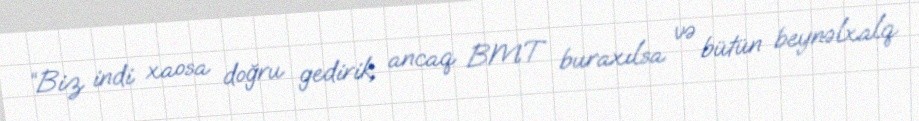
“Biz indi xaosa doğru gedirik, ancaq BMT buraxılsa və bütün beynəlxalq